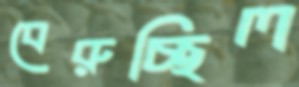
বেরুচ্ছিল